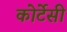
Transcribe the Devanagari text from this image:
कोर्टेसी